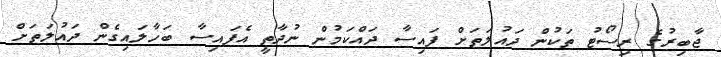
ޖާބިރުގެ ރިސޯޓު ތަކުން ދައުލަތަށް ފައިސާ ދައްކަމުން ނުދާތީ އެފައިސާ ބަހާލައިގެން ދައުލަތަށް